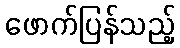
ဖောက်ပြန်သည့်